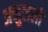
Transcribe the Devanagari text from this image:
अब्दुलली